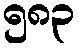
၅၈၃